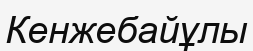
Кенжебайұлы